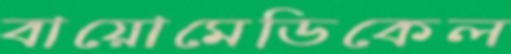
বায়োমেডিকেল